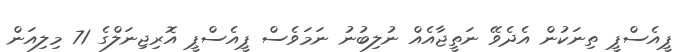
ޕީއެސްޕީ ތިނަކުން އެދެވޭ ނަތީޖާއެއް ނުލިބުނު ނަމަވެސް ޕީއެސްޕީ އޮރިޖިނަލްގެ 71 މިލިއަން